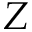
Z